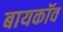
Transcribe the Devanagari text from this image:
बायकॉव